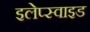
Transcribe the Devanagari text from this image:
इलेप्स्वाइड